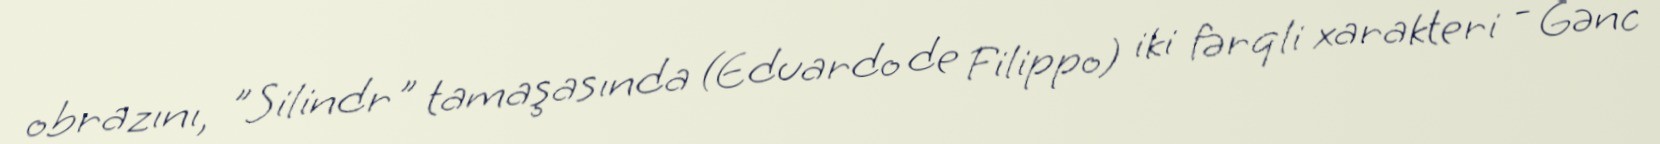
obrazını, "Silindr" tamaşasında (Eduardo de Filippo) iki fərqli xarakteri - Gənc